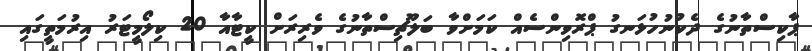
ޕާކިސްތާނުގެ ދެކުނުހުޅަނގު ޕްރޮވިންސެއް ކަމަށްވާ ބަލޫޗިސްތާނުގެ ވެރިރަށް ކީޓާއާ 20 ކިލޯމީޓަރު އިރުމަތީގައި